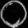
Digit: ၀